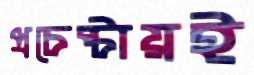
প্রচেষ্টায়ই